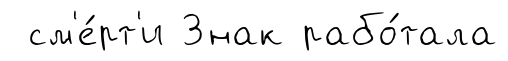
см'е́рт'и Знак рабо́тала